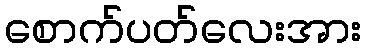
စောက်ပတ်လေးအား